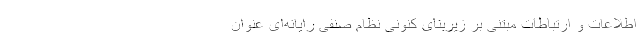
اطلاعات و ارتباطات مبتنی بر زیربنای کنونی نظام صنفی رایانه‌ای عنوان